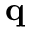
\textbf { q }